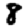
Digit: 8